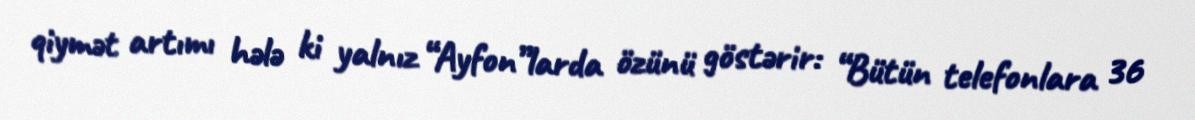
qiymət artımı hələ ki yalnız “Ayfon”larda özünü göstərir: “Bütün telefonlara 36